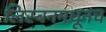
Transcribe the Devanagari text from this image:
लिस्बनमधूनच